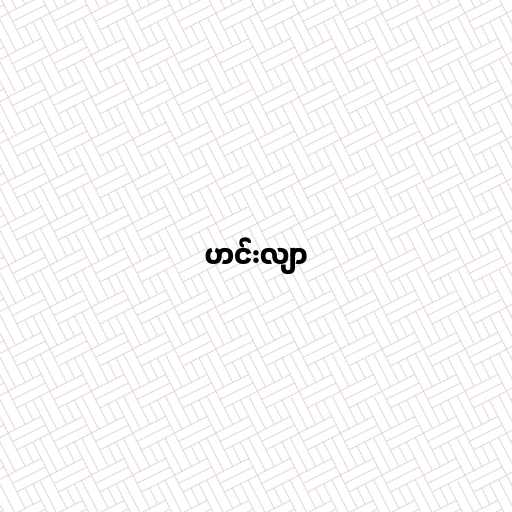
ဟင်းလျာ